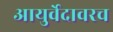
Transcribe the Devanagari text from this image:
आयुर्वेदावरच